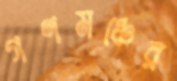
গণমঞ্চের